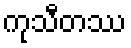
ကုသီတဿ